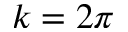
k = 2 \pi